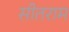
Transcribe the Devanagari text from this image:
सीतराम